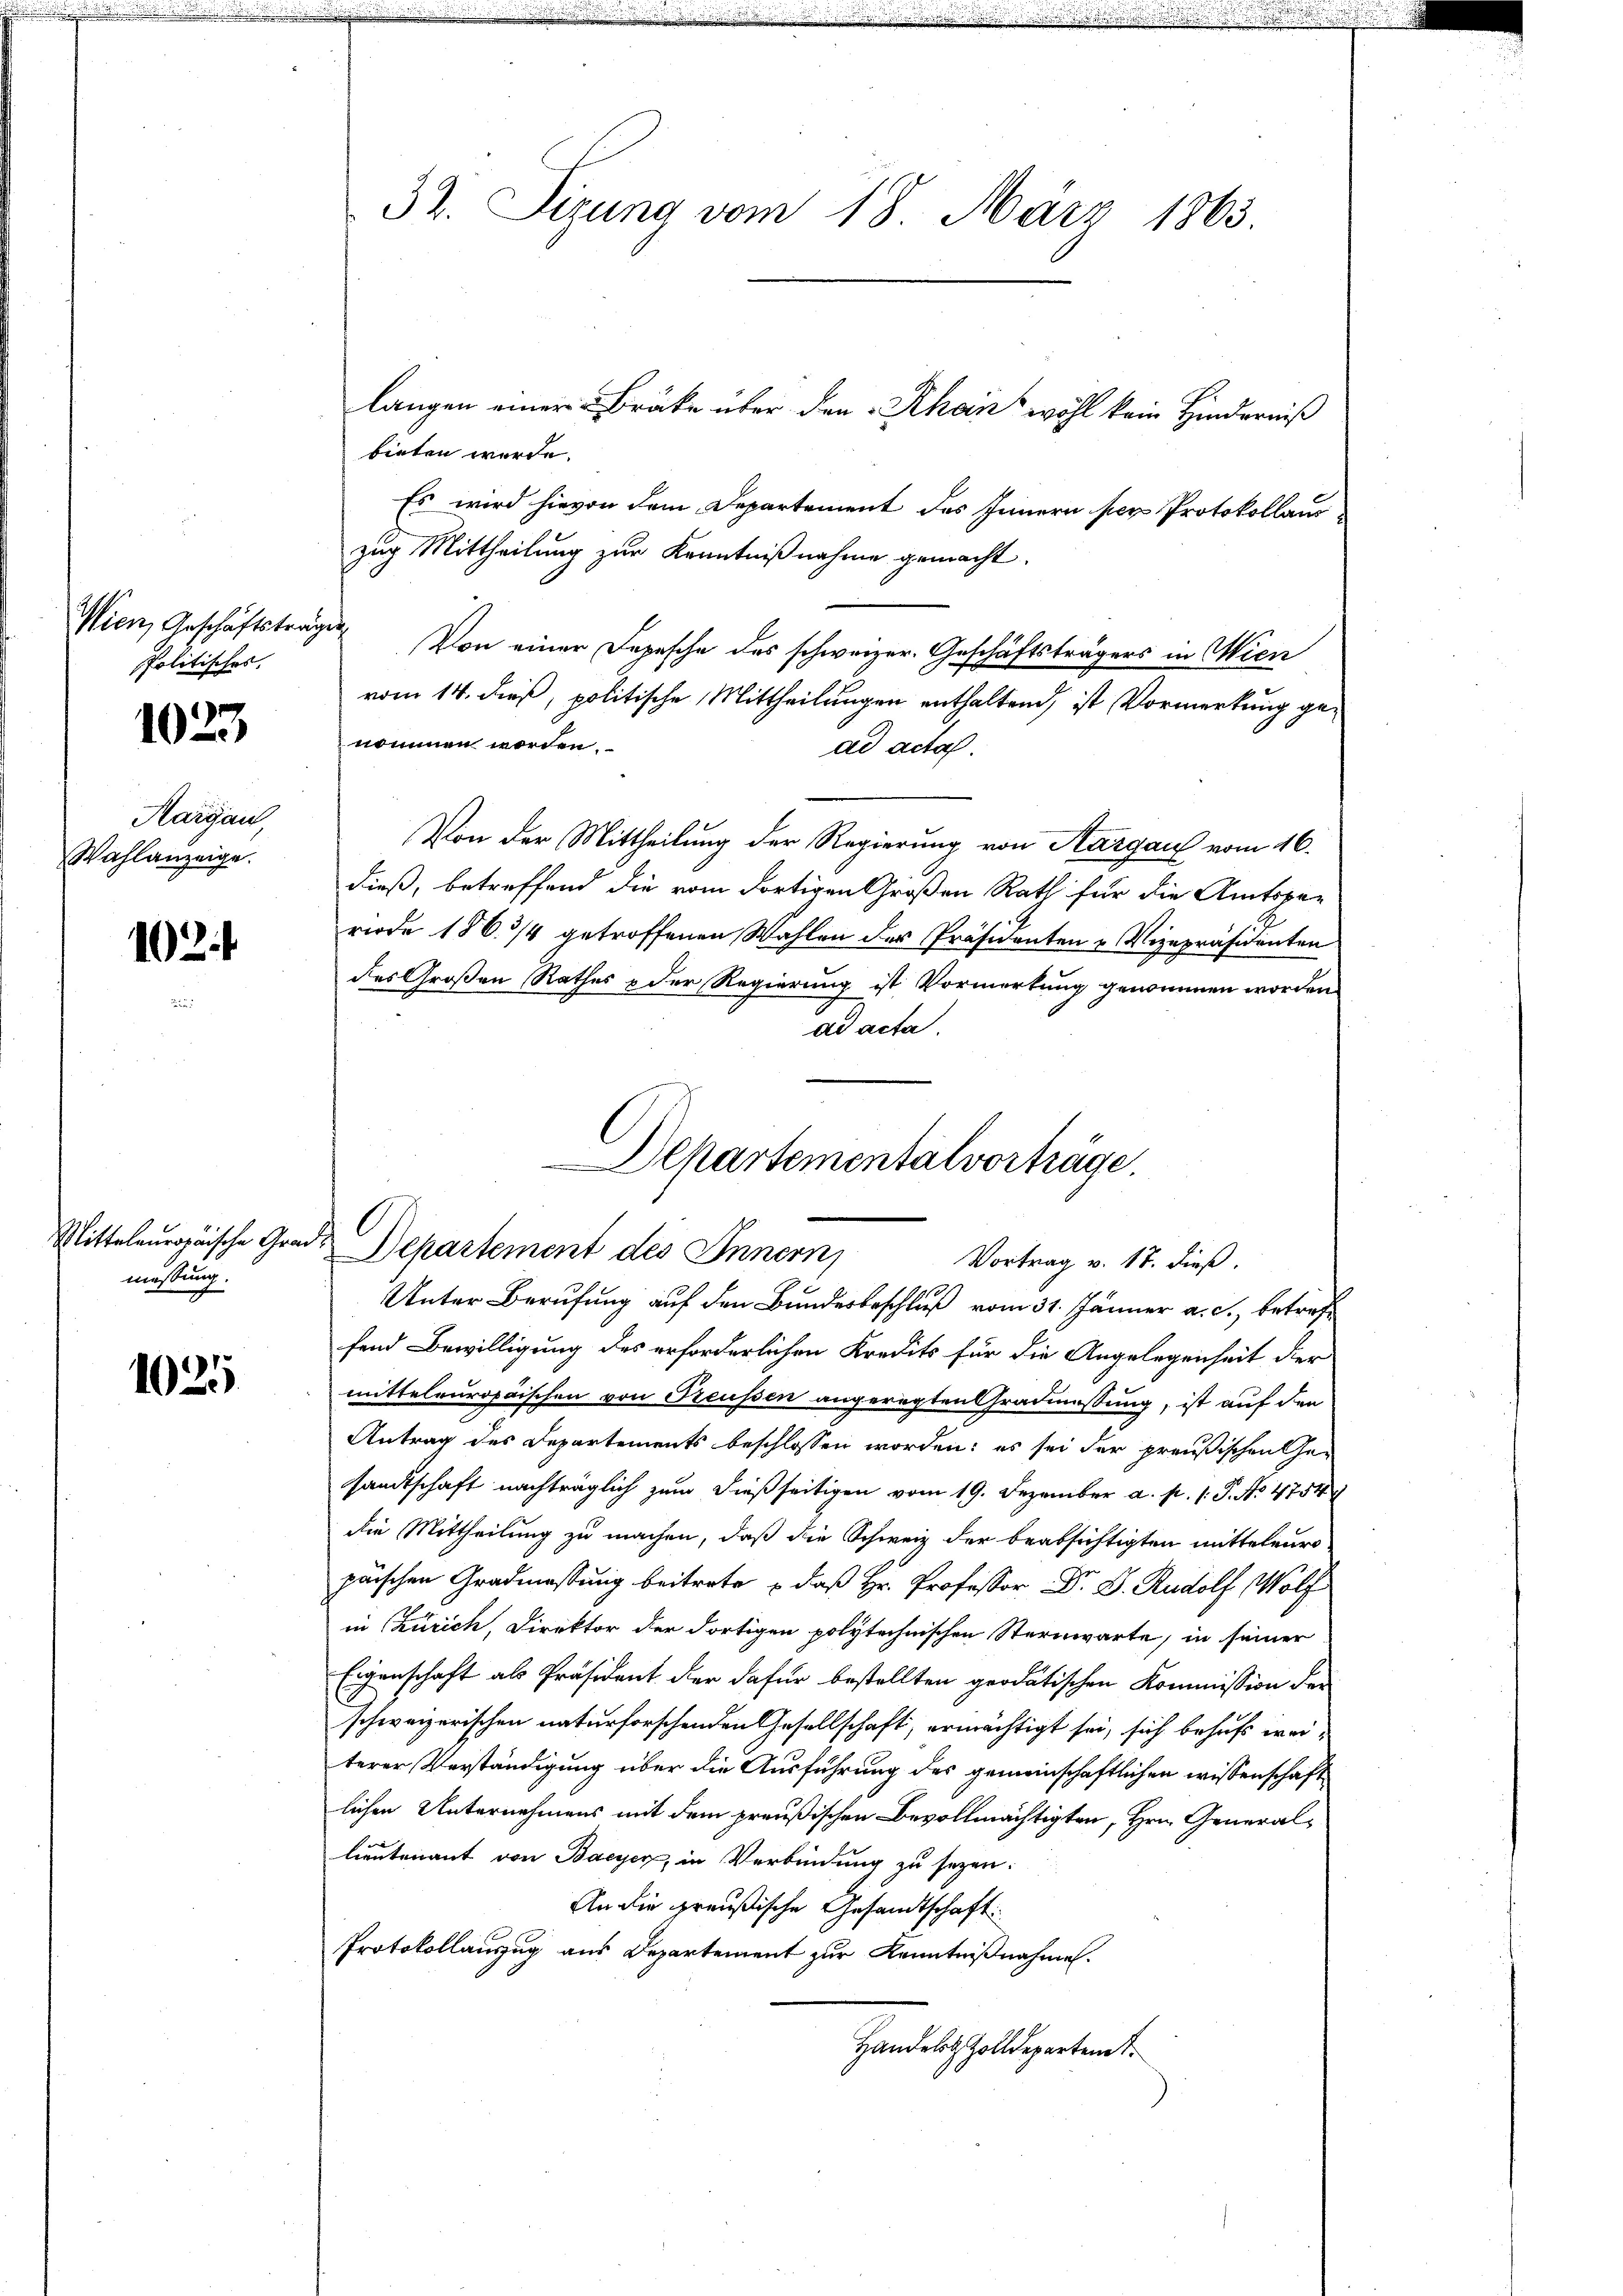
Wien, Geschäftsträgen
spolitisches.

1023

Margau,
Wahlanzeige.

102

Mittelauropäische Gra
massung.

1025

32. Sitzung vom 18. März 1863.

langen einer Bräcke über den Rhan wohl kein Hinderniß
bieten wurde.
Es wird hievon dem Departement des Innern per Protokollaus
zug Mittheilung zur Kenntnißnahme gemacht.
Von einer Depesche des schweizer. Geschäftsträgers in Wien
vom 14. dieß, politische Mittheilungen enthaltend, ist Vormerkung genommen worden.
ad acta.
Von der Mittheilung der Regierung von Aargau vom 16.
dieß, betreffend die vom dortigen Großen Rath für die Amtspe-
riode 186. 3/4 getroffenen Wahlen der Präsidenten u Vizepräsidenten
des Großen Rathes & der Regierung ist Vormerkung genommen worden
ad acta
d
Unter Berufung auf den Bundesbeschluß vom 31. Jänner a. c., betreffend Bewilligung des erforderlichen Kredits für die Angelegenheit der
mitteleuropäischen von Freussen angeregten Gradmessung, ist auf den
Antrag des Departements beschlossen worden: es sei der preußischen Gesandtschaft nachträglich zum dießseitigen vom 19. Dezember a. p. 1. P. No 4754
die Mittheilung zu machen, daß die Schweiz der beabsichtigten mitteleur-
päischen Gradmassung beitrete u daß Hr. Professor Dr. D. Rudolf Wölf
in Zürich, Direktor der dortigen polytechnischen Sternwarte, in seiner
Eigenschaft als Präsident der dafür bestellten grodatischen Kommission der
schweizerischen naturforschenden Gesellschaft, ermächtigt sei, sich behufs weiterer Verständigung über die Ausführung des gemeinschaftlichen wissenschaft
lichen Unternehmens mit dem preußischen Bevollmächtigten, Hrn. Generallieutenant von Bayer, in Verbindung zu sezen:
An die preußische Gesandtschaft
Protokollauszug aus Departement zur Kenntnißnahmen.
Handelst Zolldepartent.

Departementalvorträge
Departement des Innern,
Vortrag v. 17. dieß.